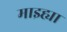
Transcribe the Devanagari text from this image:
माझ्ह्या